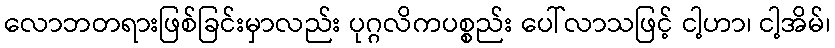
လောဘတရားဖြစ်ခြင်းမှာလည်း ပုဂ္ဂလိကပစ္စည်း ပေါ်လာသဖြင့် ငါ့ဟာ၊ ငါ့အိမ်၊